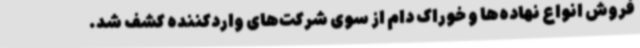
فروش انواع نهاده‌ها و خوراک دام از سوی شرکت‌های واردکننده کشف شد.